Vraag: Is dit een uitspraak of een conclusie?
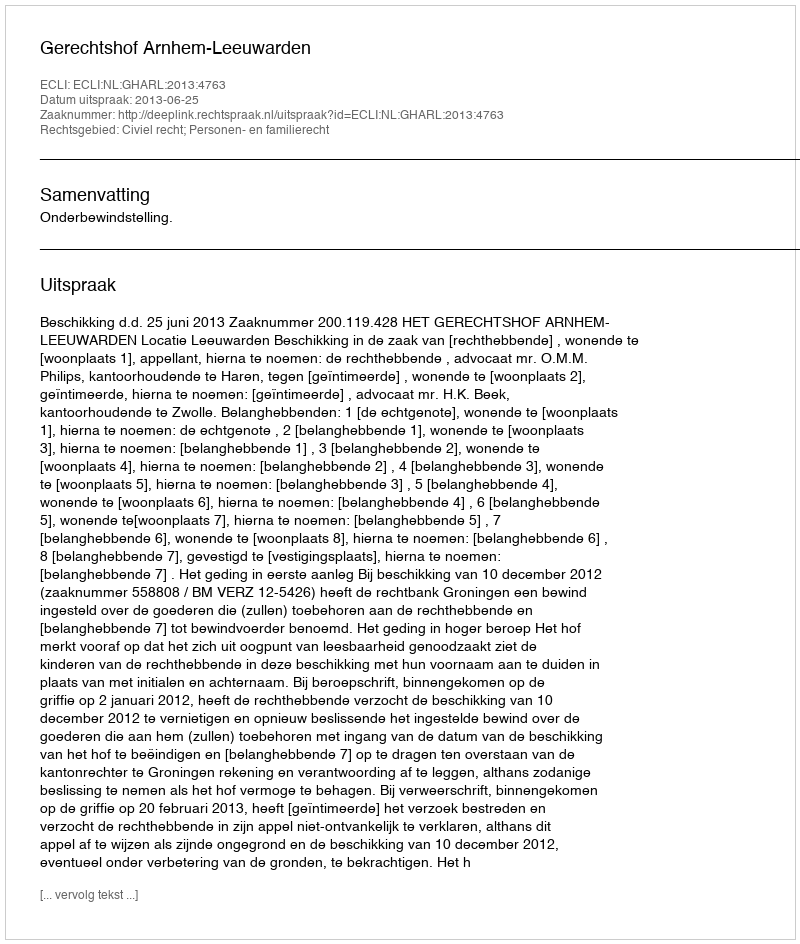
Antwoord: Uitspraak